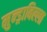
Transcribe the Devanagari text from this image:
मुन्ड्राबिल्ला